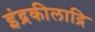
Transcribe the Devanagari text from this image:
इंद्रकीलाद्रि